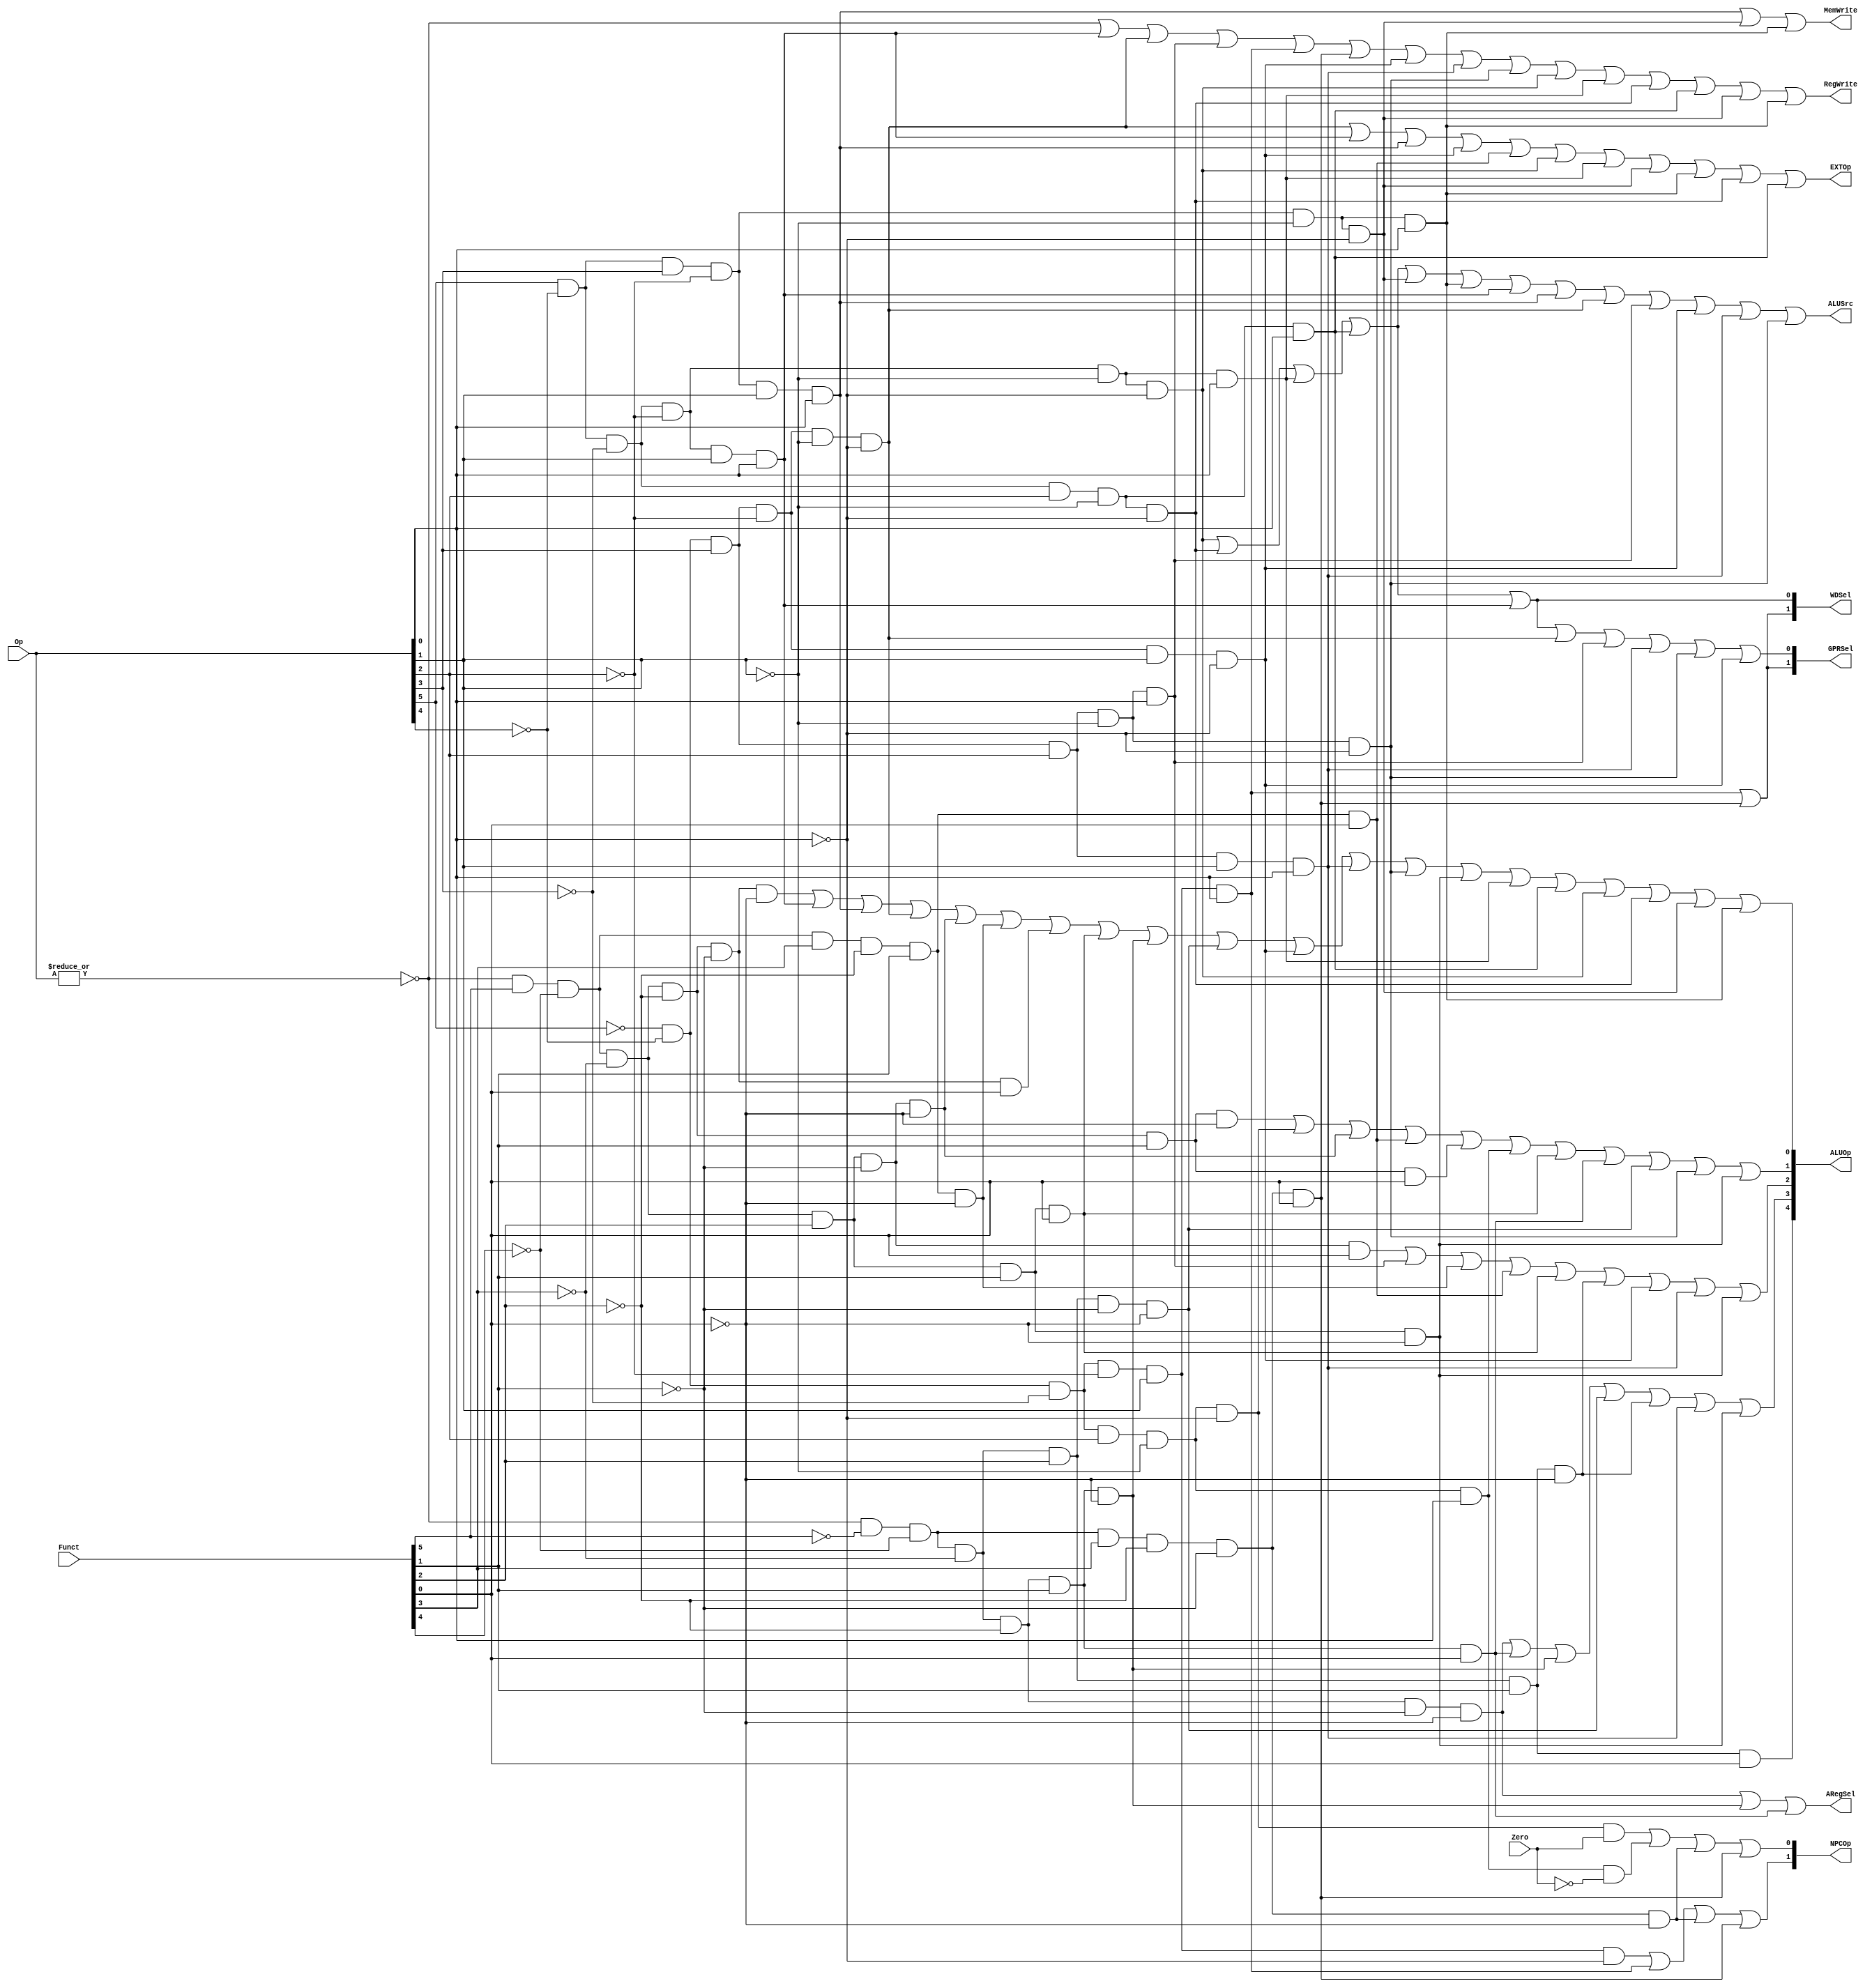
module ctrl(Op, Funct, Zero, 
            RegWrite, MemWrite,
            EXTOp, ALUOp, NPCOp, 
            ALUSrc, GPRSel, WDSel, ARegSel
            );
            
   input  [5:0] Op;       // opcode
   input  [5:0] Funct;    // funct
   input        Zero;
   
   output       RegWrite; // control signal for register write
   output       MemWrite; // control signal for memory write
   output       EXTOp;    // control signal to signed extension

   output [4:0] ALUOp;    // ALU opertion

   output [1:0] NPCOp;    // next pc operation
   output       ALUSrc;   // ALU source for B (choose signal)
   output       ARegSel;  // ALU source for A (choose signal)

   output [1:0] GPRSel;   // general purpose register selection (to write the destination data)

   output [1:0] WDSel;    // (register) write data selection



  // r format
   wire rtype  = ~|Op; // every bit fist:or ,then: not, the answer is just one bit;

   wire i_add  = rtype& Funct[5]&~Funct[4]&~Funct[3]&~Funct[2]&~Funct[1]&~Funct[0]; // add(100 000)
   wire i_sub  = rtype& Funct[5]&~Funct[4]&~Funct[3]&~Funct[2]& Funct[1]&~Funct[0]; // sub
   wire i_and  = rtype& Funct[5]&~Funct[4]&~Funct[3]& Funct[2]&~Funct[1]&~Funct[0]; // and
   wire i_or   = rtype& Funct[5]&~Funct[4]&~Funct[3]& Funct[2]&~Funct[1]& Funct[0]; // or
   wire i_slt  = rtype& Funct[5]&~Funct[4]& Funct[3]&~Funct[2]& Funct[1]&~Funct[0]; // slt
   wire i_sltu = rtype& Funct[5]&~Funct[4]& Funct[3]&~Funct[2]& Funct[1]& Funct[0]; // sltu
   wire i_addu = rtype& Funct[5]&~Funct[4]&~Funct[3]&~Funct[2]&~Funct[1]& Funct[0]; // addu
   wire i_subu = rtype& Funct[5]&~Funct[4]&~Funct[3]&~Funct[2]& Funct[1]& Funct[0]; // subu
   wire i_jr   = rtype&~Funct[5]&~Funct[4]& Funct[3]&~Funct[2]&~Funct[1]&~Funct[0]; //jr 001000
   wire i_jalr = rtype&~Funct[5]&~Funct[4]& Funct[3]&~Funct[2]&~Funct[1]& Funct[0]; //jalr 001001
   wire i_nor  = rtype& Funct[5]&~Funct[4]&~Funct[3]& Funct[2]& Funct[1]& Funct[0]; //nor 100111
   wire i_sll  = rtype&~Funct[5]&~Funct[4]&~Funct[3]&~Funct[2]&~Funct[1]&~Funct[0]; //sll 000000
   wire i_srl  = rtype&~Funct[5]&~Funct[4]&~Funct[3]&~Funct[2]& Funct[1]&~Funct[0]; //srl 000010
   wire i_sra  = rtype&~Funct[5]&~Funct[4]&~Funct[3]&~Funct[2]& Funct[1]& Funct[0]; //sra 000011
   wire i_srav = rtype&~Funct[5]&~Funct[4]&~Funct[3]& Funct[2]& Funct[1]& Funct[0]; //srav 000111
   wire i_sllv = rtype&~Funct[5]&~Funct[4]&~Funct[3]& Funct[2]&~Funct[1]&~Funct[0]; //sllv 000100
   wire i_srlv = rtype&~Funct[5]&~Funct[4]&~Funct[3]& Funct[2]& Funct[1]&~Funct[0]; //srlv 000110
   wire i_xor  = rtype& Funct[5]&~Funct[4]&~Funct[3]& Funct[2]& Funct[1]&~Funct[0]; 

  // i format
   wire i_addi = ~Op[5]&~Op[4]& Op[3]&~Op[2]&~Op[1]&~Op[0]; // addi
   wire i_ori  = ~Op[5]&~Op[4]& Op[3]& Op[2]&~Op[1]& Op[0]; // ori
   wire i_lw   =  Op[5]&~Op[4]&~Op[3]&~Op[2]& Op[1]& Op[0]; // lw
   wire i_sw   =  Op[5]&~Op[4]& Op[3]&~Op[2]& Op[1]& Op[0]; // sw
   wire i_beq  = ~Op[5]&~Op[4]&~Op[3]& Op[2]&~Op[1]&~Op[0]; // beq
   wire i_bne  = ~Op[5]&~Op[4]&~Op[3]& Op[2]&~Op[1]& Op[0]; //bne 000101
   wire i_slti = ~Op[5]&~Op[4]& Op[3]&~Op[2]& Op[1]&~Op[0]; //slti 001010
   wire i_lui  = ~Op[5]&~Op[4]& Op[3]& Op[2]& Op[1]& Op[0]; //lui 001111
   wire i_andi = ~Op[5]&~Op[4]& Op[3]& Op[2]&~Op[1]&~Op[0]; 
   wire i_lb   =  Op[5]&~Op[4]&~Op[3]&~Op[2]&~Op[1]&~Op[0]; 
   wire i_lh   =  Op[5]&~Op[4]&~Op[3]&~Op[2]&~Op[1]& Op[0]; 
   wire i_lbu  =  Op[5]&~Op[4]&~Op[3]& Op[2]&~Op[1]&~Op[0]; 
   wire i_lhu  =  Op[5]&~Op[4]&~Op[3]& Op[2]&~Op[1]& Op[0]; 
   wire i_sb   =  Op[5]&~Op[4]& Op[3]&~Op[2]&~Op[1]&~Op[0]; 
   wire i_sh   =  Op[5]&~Op[4]& Op[3]&~Op[2]&~Op[1]& Op[0]; 
   
  // j format
   wire i_j    = ~Op[5]&~Op[4]&~Op[3]&~Op[2]& Op[1]&~Op[0];  // j
   wire i_jal  = ~Op[5]&~Op[4]&~Op[3]&~Op[2]& Op[1]& Op[0];  // jal
  

  // generate control signals
  assign RegWrite   = rtype | i_lw | i_addi | i_ori | i_jal | i_jalr | i_slti | i_lui | i_andi | i_lb | i_lh | i_lbu | i_lhu | i_sb | i_sh ; // register write
  
   assign MemWrite   = i_sw |i_sb |i_sh;                           // memory write



  assign ALUSrc     = i_lb | i_lbu |i_lh | i_lhu |i_sb |i_sh| i_lw | i_sw | i_addi | i_ori | i_slti | i_lui | i_andi ;  // ALUsrc == 1: ALU's operand B is froms instruction immediate/offset

  assign ARegSel    = i_sll | i_srl | i_sra; //ARegSel == 1 :ALU's operand A froms shamt

  assign EXTOp      = i_addi | i_lw | i_sw |  i_slti | i_sltu |i_lb | i_lh | i_sb |i_sh| i_lbu |i_lhu  ;           // signed extension



  // GPRSel_RD   2'b00--R TYPE defalut
  // GPRSel_RT   2'b01---the destination operator is in [rt]
  // GPRSel_31   2'b10---the destination operator is in $ra

  assign GPRSel[0] = i_lb | i_lbu | i_lh |i_lhu |i_lw | i_addi | i_ori  | i_lui | i_andi | i_slti ;
  assign GPRSel[1] = i_jal | i_jalr;
  
  // WDSel_FromALU 2'b00
  // WDSel_FromMEM 2'b01
  // WDSel_FromPC  2'b10 

 assign WDSel[0] = i_lb | i_lbu | i_lh | i_lhu | i_lw;
 assign WDSel[1] = i_jal | i_jalr;

  // NPC_PLUS4   2'b00
  // NPC_BRANCH  2'b01
  // NPC_JUMP    2'b10
  // NPC_JR      2'b11
  assign NPCOp[0] = (i_beq & Zero) | (i_bne & ~Zero) | i_jr | i_jalr; //beq,bne == 01
  assign NPCOp[1] = i_j | i_jal | i_jr | i_jalr;//j, jal == 10
  //jr, jalr: 11
  
/*
`define ALU_NOP   5'b00000 
`define ALU_ADD   5'b00001
`define ALU_SUB   5'b00010 
`define ALU_AND   5'b00011
`define ALU_OR    5'b00100
`define ALU_SLT   5'b00101
`define ALU_SLTU  5'b00110
`define ALU_NOR   5'b00111
`define ALU_SLL   5'b01000
`define ALU_SRL   5'b01001
`define ALU_SRA   5'b01010
`define ALU_SLLV  5'b01011
`define ALU_SRLV  5'b01100
`define ALU_LUI   5'b01101
`define ALU_XOR   5'b01111
`define ALU_SRAV  5'b10000
*/

  assign ALUOp[0] = i_add | i_lw | i_sw | i_addi | i_and | i_slt | i_addu | i_nor | i_srl | i_sllv |i_slti |i_lui | i_andi |i_xor |i_lh| i_lhu |i_lb|i_lbu |i_sb |i_sh;
  assign ALUOp[1] = i_sub | i_beq | i_and | i_sltu | i_subu | i_bne | i_nor | i_sra | i_sllv| i_andi|i_xor;
  assign ALUOp[2] = i_or | i_ori | i_slt | i_sltu | i_nor | i_srlv | i_slti | i_lui |i_xor ;
  assign ALUOp[3] = i_sll | i_sra | i_srl | i_sllv | i_srlv | i_lui | i_xor;
  assign ALUOp[4] = i_srav;



endmodule